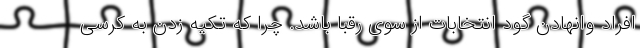
افراد وانهادن گود انتخابات از سوی رقبا باشد. چرا که تکیه زدن به کرسی